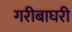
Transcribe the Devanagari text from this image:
गरीबाघरी